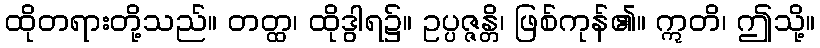
ထိုတရားတို့သည်။ တတ္ထ၊ ထိုဒွါရ၌။ ဥပ္ပဇ္ဇန္တိ၊ ဖြစ်ကုန်၏။ ဣတိ၊ ဤသို့။